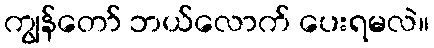
ကျွန်တော် ဘယ်လောက် ပေးရမလဲ။